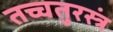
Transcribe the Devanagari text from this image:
तच्चतुरस्त्रं